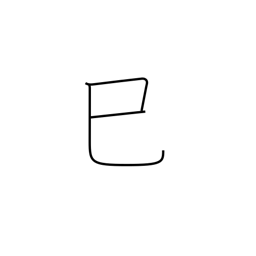
Meaning: sign of the snake or serpent